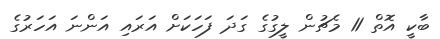
ބާކީ އޮތް 11 މެޗުން ލީގުގެ ގަދަ ފަހަކަށް އަރައި އަންނަ އަހަރުގެ